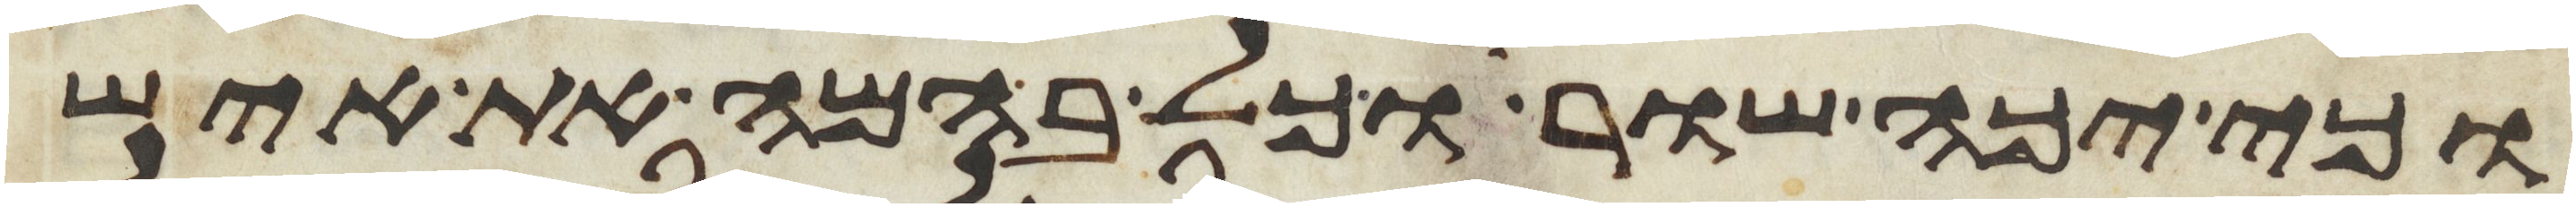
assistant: וכי יכה שור וכל בהמה את איש